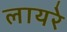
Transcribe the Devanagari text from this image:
लायरे